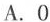
A.0